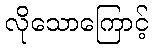
လိုသောကြောင့်